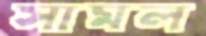
সামল